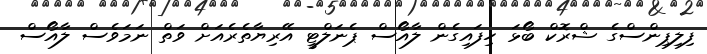
ފިލިޕިންސްގެ ޝްރޮކް ބޯޅަ ހިފައިގެން ލާއޯސް ޕެނަލްޓީ އޭރިޔާތެރެއަށް ވަތް ނަމަވެސް ލާއޯސް